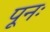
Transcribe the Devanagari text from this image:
पूनः